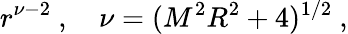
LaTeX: r^{\nu-2}\ ,\quad\nu=(M^{2}R^{2}+4)^{1/2}\ ,